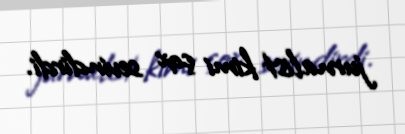
jurnalist kimi çox sevindirdi.